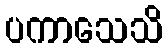
ပကာသေသိ